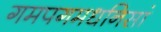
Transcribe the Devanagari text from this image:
गमपगमधनिसां